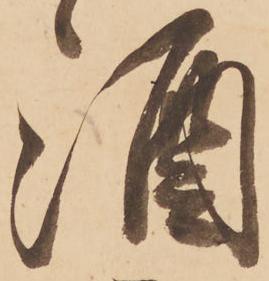
酒